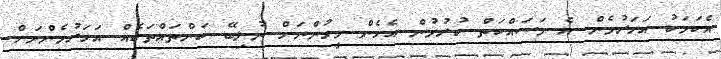
އެކަމަކު އަހަރުމެން އެ މަސައްކަތް ކުރުމުން އެހެން މީހުންނަށް ނުލިބޭ ކަންތައްތަކެއް އަހަރުމެންނަށް